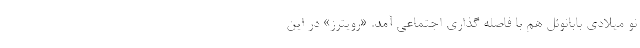
نو میلادی بابانوئل هم با فاصله گذاری اجتماعی آمد. «رویترز» در این